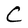
Character: C